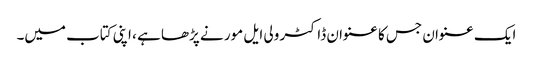
ایک عنوان جس کا عنوان ڈاکٹر ولی ایل مور نے پڑھا ہے ، اپنی کتاب میں۔